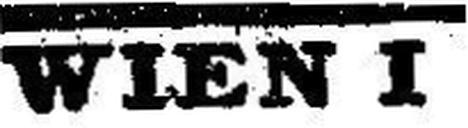
WIEN I